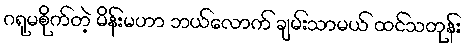
ဂရုမစိုက်တဲ့ မိန်းမဟာ ဘယ်လောက် ချမ်းသာမယ် ထင်သတုန်း